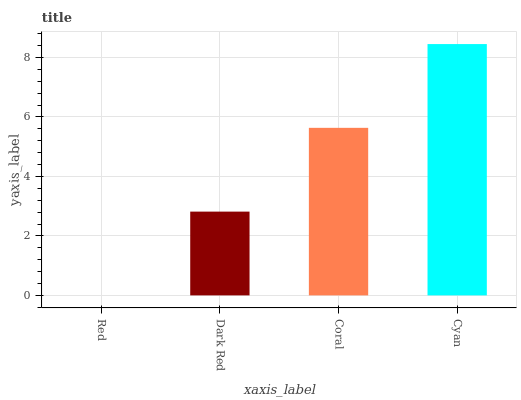
| xaxis_label | bars |
 | --- | --- |
 | Red | 0 |
 | Dark Red | 2.82 |
 | Coral | 5.64 |
 | Cyan | 8.45 |